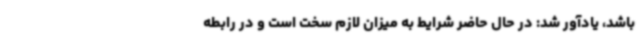
باشد، یادآور شد: در حال حاضر شرایط به میزان لازم سخت است و در رابطه